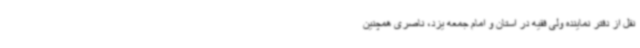
نقل از دفتر نماینده ولی فقیه در استان و امام جمعه یزد، ناصری همچنین